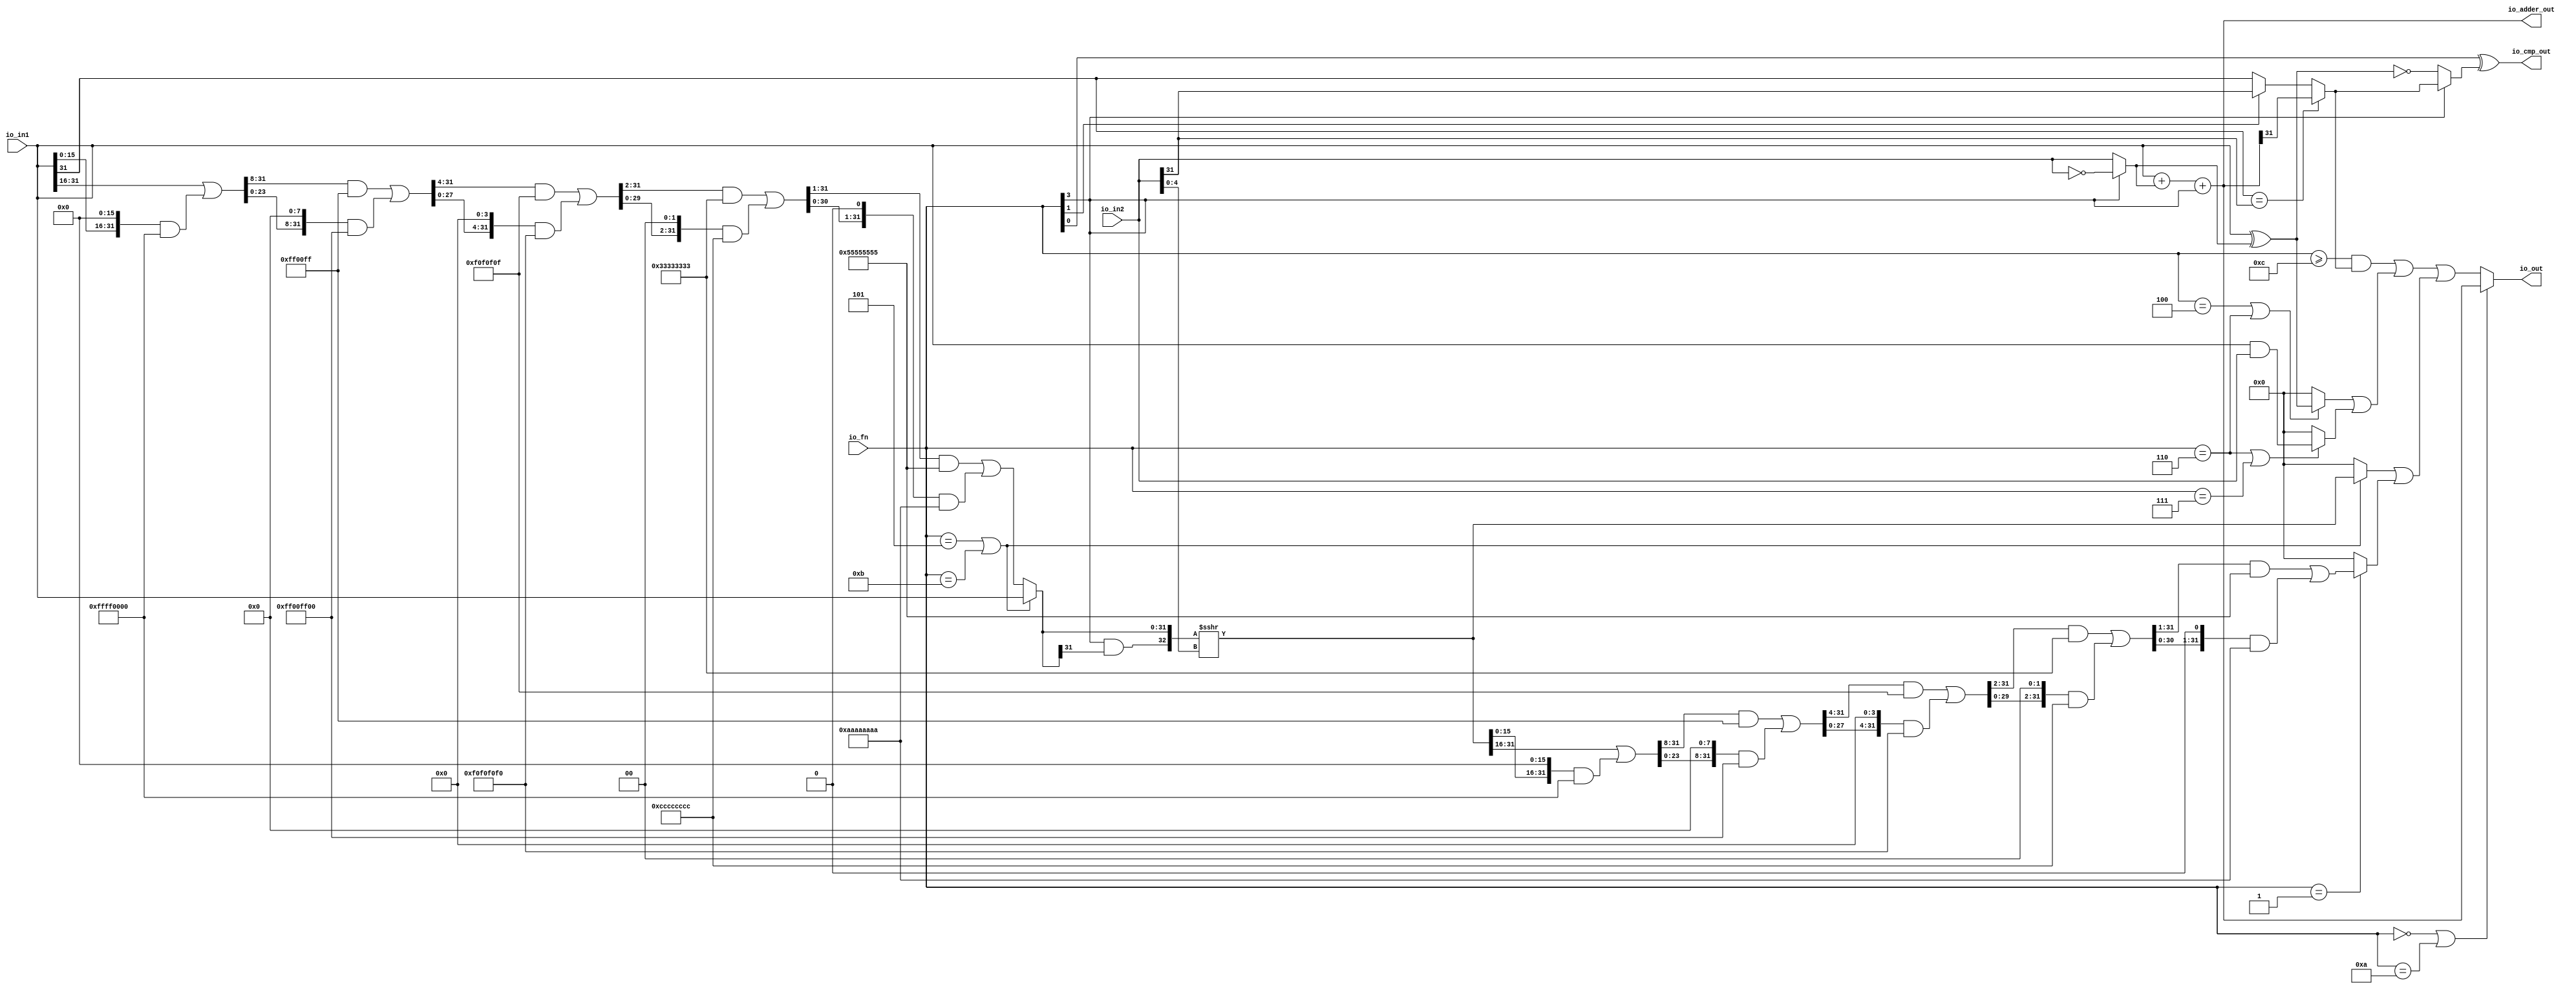
// Copyright (c) 2017, Microsemi Corporation
// All rights reserved.
//
// Redistribution and use in source and binary forms, with or without
// modification, are permitted provided that the following conditions are met:
//     * Redistributions of source code must retain the above copyright
//       notice, this list of conditions and the following disclaimer.
//     * Redistributions in binary form must reproduce the above copyright
//       notice, this list of conditions and the following disclaimer in the
//       documentation and/or other materials provided with the distribution.
//     * Neither the name of the <organization> nor the
//       names of its contributors may be used to endorse or promote products
//       derived from this software without specific prior written permission.
//
// THIS SOFTWARE IS PROVIDED BY THE COPYRIGHT HOLDERS AND CONTRIBUTORS "AS IS" AND
// ANY EXPRESS OR IMPLIED WARRANTIES, INCLUDING, BUT NOT LIMITED TO, THE IMPLIED
// WARRANTIES OF MERCHANTABILITY AND FITNESS FOR A PARTICULAR PURPOSE ARE
// DISCLAIMED. IN NO EVENT SHALL MICROSEMI CORPORATIONM BE LIABLE FOR ANY
// DIRECT, INDIRECT, INCIDENTAL, SPECIAL, EXEMPLARY, OR CONSEQUENTIAL DAMAGES
// (INCLUDING, BUT NOT LIMITED TO, PROCUREMENT OF SUBSTITUTE GOODS OR SERVICES;
// LOSS OF USE, DATA, OR PROFITS; OR BUSINESS INTERRUPTION) HOWEVER CAUSED AND
// ON ANY THEORY OF LIABILITY, WHETHER IN CONTRACT, STRICT LIABILITY, OR TORT
// (INCLUDING NEGLIGENCE OR OTHERWISE) ARISING IN ANY WAY OUT OF THE USE OF THIS
// SOFTWARE, EVEN IF ADVISED OF THE POSSIBILITY OF SUCH DAMAGE.
//
// APACHE LICENSE
// Copyright (c) 2017, Microsemi Corporation 
//
// Licensed under the Apache License, Version 2.0 (the "License");
// you may not use this file except in compliance with the License.
// You may obtain a copy of the License at
//
//    http://www.apache.org/licenses/LICENSE-2.0
//
// Unless required by applicable law or agreed to in writing, software
// distributed under the License is distributed on an "AS IS" BASIS,
// WITHOUT WARRANTIES OR CONDITIONS OF ANY KIND, either express or implied.
// See the License for the specific language governing permissions and
// limitations under the License.
//
// Description:
//
// SVN Revision Information:
// SVN $Revision: $
// SVN $Date: $
//
// Resolved SARs
// SAR      Date     Who   Description
//
// Notes:
//
// ****************************************************************************/
`ifndef RANDOMIZE_REG_INIT 
	 `define RANDOMIZE_REG_INIT 
 `endif
`ifndef RANDOMIZE_MEM_INIT 
	 `define RANDOMIZE_MEM_INIT 
 `endif
`ifndef RANDOMIZE 
	 `define RANDOMIZE 
`endif

`timescale 1ns/10ps
module MIV_RV32IMA_L1_AHB_C0_MIV_RV32IMA_L1_AHB_C0_0_MIV_RV32IMA_L1_AHB_ALU( // @[:freechips.rocketchip.system.MivRV32ImaL1AhbConfig.fir@108926.2]
  input  [3:0]  io_fn, // @[:freechips.rocketchip.system.MivRV32ImaL1AhbConfig.fir@108929.4]
  input  [31:0] io_in2, // @[:freechips.rocketchip.system.MivRV32ImaL1AhbConfig.fir@108929.4]
  input  [31:0] io_in1, // @[:freechips.rocketchip.system.MivRV32ImaL1AhbConfig.fir@108929.4]
  output [31:0] io_out, // @[:freechips.rocketchip.system.MivRV32ImaL1AhbConfig.fir@108929.4]
  output [31:0] io_adder_out, // @[:freechips.rocketchip.system.MivRV32ImaL1AhbConfig.fir@108929.4]
  output        io_cmp_out // @[:freechips.rocketchip.system.MivRV32ImaL1AhbConfig.fir@108929.4]
);
  wire  _T_9; // @[ALU.scala 40:29:freechips.rocketchip.system.MivRV32ImaL1AhbConfig.fir@108934.4]
  wire [31:0] _T_10; // @[ALU.scala 62:35:freechips.rocketchip.system.MivRV32ImaL1AhbConfig.fir@108935.4]
  wire [31:0] in2_inv; // @[ALU.scala 62:20:freechips.rocketchip.system.MivRV32ImaL1AhbConfig.fir@108936.4]
  wire [31:0] in1_xor_in2; // @[ALU.scala 63:28:freechips.rocketchip.system.MivRV32ImaL1AhbConfig.fir@108937.4]
  wire [32:0] _T_11; // @[ALU.scala 64:26:freechips.rocketchip.system.MivRV32ImaL1AhbConfig.fir@108938.4]
  wire [31:0] _T_12; // @[ALU.scala 64:26:freechips.rocketchip.system.MivRV32ImaL1AhbConfig.fir@108939.4]
  wire [31:0] _GEN_0; // @[ALU.scala 64:36:freechips.rocketchip.system.MivRV32ImaL1AhbConfig.fir@108941.4]
  wire [32:0] _T_14; // @[ALU.scala 64:36:freechips.rocketchip.system.MivRV32ImaL1AhbConfig.fir@108941.4]
  wire [31:0] _T_15; // @[ALU.scala 64:36:freechips.rocketchip.system.MivRV32ImaL1AhbConfig.fir@108942.4]
  wire  _T_16; // @[ALU.scala 68:15:freechips.rocketchip.system.MivRV32ImaL1AhbConfig.fir@108944.4]
  wire  _T_17; // @[ALU.scala 68:34:freechips.rocketchip.system.MivRV32ImaL1AhbConfig.fir@108945.4]
  wire  _T_18; // @[ALU.scala 68:24:freechips.rocketchip.system.MivRV32ImaL1AhbConfig.fir@108946.4]
  wire  _T_19; // @[ALU.scala 68:56:freechips.rocketchip.system.MivRV32ImaL1AhbConfig.fir@108947.4]
  wire  _T_20; // @[ALU.scala 42:35:freechips.rocketchip.system.MivRV32ImaL1AhbConfig.fir@108948.4]
  wire  _T_23; // @[ALU.scala 69:8:freechips.rocketchip.system.MivRV32ImaL1AhbConfig.fir@108951.4]
  wire  slt; // @[ALU.scala 68:8:freechips.rocketchip.system.MivRV32ImaL1AhbConfig.fir@108952.4]
  wire  _T_24; // @[ALU.scala 43:35:freechips.rocketchip.system.MivRV32ImaL1AhbConfig.fir@108953.4]
  wire  _T_27; // @[ALU.scala 44:26:freechips.rocketchip.system.MivRV32ImaL1AhbConfig.fir@108955.4]
  wire  _T_29; // @[ALU.scala 70:68:freechips.rocketchip.system.MivRV32ImaL1AhbConfig.fir@108956.4]
  wire  _T_30; // @[ALU.scala 70:41:freechips.rocketchip.system.MivRV32ImaL1AhbConfig.fir@108957.4]
  wire  _T_31; // @[ALU.scala 70:36:freechips.rocketchip.system.MivRV32ImaL1AhbConfig.fir@108958.4]
  wire [4:0] shamt; // @[ALU.scala 74:28:freechips.rocketchip.system.MivRV32ImaL1AhbConfig.fir@108960.4]
  wire  _T_33; // @[ALU.scala 82:24:freechips.rocketchip.system.MivRV32ImaL1AhbConfig.fir@108961.4]
  wire  _T_35; // @[ALU.scala 82:44:freechips.rocketchip.system.MivRV32ImaL1AhbConfig.fir@108962.4]
  wire  _T_36; // @[ALU.scala 82:35:freechips.rocketchip.system.MivRV32ImaL1AhbConfig.fir@108963.4]
  wire [15:0] _T_41; // @[Bitwise.scala 103:21:freechips.rocketchip.system.MivRV32ImaL1AhbConfig.fir@108966.4]
  wire [31:0] _T_42; // @[Bitwise.scala 103:31:freechips.rocketchip.system.MivRV32ImaL1AhbConfig.fir@108967.4]
  wire [15:0] _T_43; // @[Bitwise.scala 103:46:freechips.rocketchip.system.MivRV32ImaL1AhbConfig.fir@108968.4]
  wire [31:0] _GEN_1; // @[Bitwise.scala 103:65:freechips.rocketchip.system.MivRV32ImaL1AhbConfig.fir@108969.4]
  wire [31:0] _T_44; // @[Bitwise.scala 103:65:freechips.rocketchip.system.MivRV32ImaL1AhbConfig.fir@108969.4]
  wire [31:0] _T_46; // @[Bitwise.scala 103:75:freechips.rocketchip.system.MivRV32ImaL1AhbConfig.fir@108971.4]
  wire [31:0] _T_47; // @[Bitwise.scala 103:39:freechips.rocketchip.system.MivRV32ImaL1AhbConfig.fir@108972.4]
  wire [23:0] _T_51; // @[Bitwise.scala 103:21:freechips.rocketchip.system.MivRV32ImaL1AhbConfig.fir@108976.4]
  wire [31:0] _GEN_2; // @[Bitwise.scala 103:31:freechips.rocketchip.system.MivRV32ImaL1AhbConfig.fir@108977.4]
  wire [31:0] _T_52; // @[Bitwise.scala 103:31:freechips.rocketchip.system.MivRV32ImaL1AhbConfig.fir@108977.4]
  wire [23:0] _T_53; // @[Bitwise.scala 103:46:freechips.rocketchip.system.MivRV32ImaL1AhbConfig.fir@108978.4]
  wire [31:0] _GEN_3; // @[Bitwise.scala 103:65:freechips.rocketchip.system.MivRV32ImaL1AhbConfig.fir@108979.4]
  wire [31:0] _T_54; // @[Bitwise.scala 103:65:freechips.rocketchip.system.MivRV32ImaL1AhbConfig.fir@108979.4]
  wire [31:0] _T_56; // @[Bitwise.scala 103:75:freechips.rocketchip.system.MivRV32ImaL1AhbConfig.fir@108981.4]
  wire [31:0] _T_57; // @[Bitwise.scala 103:39:freechips.rocketchip.system.MivRV32ImaL1AhbConfig.fir@108982.4]
  wire [27:0] _T_61; // @[Bitwise.scala 103:21:freechips.rocketchip.system.MivRV32ImaL1AhbConfig.fir@108986.4]
  wire [31:0] _GEN_4; // @[Bitwise.scala 103:31:freechips.rocketchip.system.MivRV32ImaL1AhbConfig.fir@108987.4]
  wire [31:0] _T_62; // @[Bitwise.scala 103:31:freechips.rocketchip.system.MivRV32ImaL1AhbConfig.fir@108987.4]
  wire [27:0] _T_63; // @[Bitwise.scala 103:46:freechips.rocketchip.system.MivRV32ImaL1AhbConfig.fir@108988.4]
  wire [31:0] _GEN_5; // @[Bitwise.scala 103:65:freechips.rocketchip.system.MivRV32ImaL1AhbConfig.fir@108989.4]
  wire [31:0] _T_64; // @[Bitwise.scala 103:65:freechips.rocketchip.system.MivRV32ImaL1AhbConfig.fir@108989.4]
  wire [31:0] _T_66; // @[Bitwise.scala 103:75:freechips.rocketchip.system.MivRV32ImaL1AhbConfig.fir@108991.4]
  wire [31:0] _T_67; // @[Bitwise.scala 103:39:freechips.rocketchip.system.MivRV32ImaL1AhbConfig.fir@108992.4]
  wire [29:0] _T_71; // @[Bitwise.scala 103:21:freechips.rocketchip.system.MivRV32ImaL1AhbConfig.fir@108996.4]
  wire [31:0] _GEN_6; // @[Bitwise.scala 103:31:freechips.rocketchip.system.MivRV32ImaL1AhbConfig.fir@108997.4]
  wire [31:0] _T_72; // @[Bitwise.scala 103:31:freechips.rocketchip.system.MivRV32ImaL1AhbConfig.fir@108997.4]
  wire [29:0] _T_73; // @[Bitwise.scala 103:46:freechips.rocketchip.system.MivRV32ImaL1AhbConfig.fir@108998.4]
  wire [31:0] _GEN_7; // @[Bitwise.scala 103:65:freechips.rocketchip.system.MivRV32ImaL1AhbConfig.fir@108999.4]
  wire [31:0] _T_74; // @[Bitwise.scala 103:65:freechips.rocketchip.system.MivRV32ImaL1AhbConfig.fir@108999.4]
  wire [31:0] _T_76; // @[Bitwise.scala 103:75:freechips.rocketchip.system.MivRV32ImaL1AhbConfig.fir@109001.4]
  wire [31:0] _T_77; // @[Bitwise.scala 103:39:freechips.rocketchip.system.MivRV32ImaL1AhbConfig.fir@109002.4]
  wire [30:0] _T_81; // @[Bitwise.scala 103:21:freechips.rocketchip.system.MivRV32ImaL1AhbConfig.fir@109006.4]
  wire [31:0] _GEN_8; // @[Bitwise.scala 103:31:freechips.rocketchip.system.MivRV32ImaL1AhbConfig.fir@109007.4]
  wire [31:0] _T_82; // @[Bitwise.scala 103:31:freechips.rocketchip.system.MivRV32ImaL1AhbConfig.fir@109007.4]
  wire [30:0] _T_83; // @[Bitwise.scala 103:46:freechips.rocketchip.system.MivRV32ImaL1AhbConfig.fir@109008.4]
  wire [31:0] _GEN_9; // @[Bitwise.scala 103:65:freechips.rocketchip.system.MivRV32ImaL1AhbConfig.fir@109009.4]
  wire [31:0] _T_84; // @[Bitwise.scala 103:65:freechips.rocketchip.system.MivRV32ImaL1AhbConfig.fir@109009.4]
  wire [31:0] _T_86; // @[Bitwise.scala 103:75:freechips.rocketchip.system.MivRV32ImaL1AhbConfig.fir@109011.4]
  wire [31:0] _T_87; // @[Bitwise.scala 103:39:freechips.rocketchip.system.MivRV32ImaL1AhbConfig.fir@109012.4]
  wire [31:0] shin; // @[ALU.scala 82:17:freechips.rocketchip.system.MivRV32ImaL1AhbConfig.fir@109013.4]
  wire  _T_89; // @[ALU.scala 83:41:freechips.rocketchip.system.MivRV32ImaL1AhbConfig.fir@109015.4]
  wire  _T_90; // @[ALU.scala 83:35:freechips.rocketchip.system.MivRV32ImaL1AhbConfig.fir@109016.4]
  wire [32:0] _T_91; // @[Cat.scala 30:58:freechips.rocketchip.system.MivRV32ImaL1AhbConfig.fir@109017.4]
  wire [32:0] _T_92; // @[ALU.scala 83:57:freechips.rocketchip.system.MivRV32ImaL1AhbConfig.fir@109018.4]
  wire [32:0] _T_93; // @[ALU.scala 83:64:freechips.rocketchip.system.MivRV32ImaL1AhbConfig.fir@109019.4]
  wire [31:0] shout_r; // @[ALU.scala 83:73:freechips.rocketchip.system.MivRV32ImaL1AhbConfig.fir@109020.4]
  wire [15:0] _T_98; // @[Bitwise.scala 103:21:freechips.rocketchip.system.MivRV32ImaL1AhbConfig.fir@109023.4]
  wire [31:0] _T_99; // @[Bitwise.scala 103:31:freechips.rocketchip.system.MivRV32ImaL1AhbConfig.fir@109024.4]
  wire [15:0] _T_100; // @[Bitwise.scala 103:46:freechips.rocketchip.system.MivRV32ImaL1AhbConfig.fir@109025.4]
  wire [31:0] _GEN_10; // @[Bitwise.scala 103:65:freechips.rocketchip.system.MivRV32ImaL1AhbConfig.fir@109026.4]
  wire [31:0] _T_101; // @[Bitwise.scala 103:65:freechips.rocketchip.system.MivRV32ImaL1AhbConfig.fir@109026.4]
  wire [31:0] _T_103; // @[Bitwise.scala 103:75:freechips.rocketchip.system.MivRV32ImaL1AhbConfig.fir@109028.4]
  wire [31:0] _T_104; // @[Bitwise.scala 103:39:freechips.rocketchip.system.MivRV32ImaL1AhbConfig.fir@109029.4]
  wire [23:0] _T_108; // @[Bitwise.scala 103:21:freechips.rocketchip.system.MivRV32ImaL1AhbConfig.fir@109033.4]
  wire [31:0] _GEN_11; // @[Bitwise.scala 103:31:freechips.rocketchip.system.MivRV32ImaL1AhbConfig.fir@109034.4]
  wire [31:0] _T_109; // @[Bitwise.scala 103:31:freechips.rocketchip.system.MivRV32ImaL1AhbConfig.fir@109034.4]
  wire [23:0] _T_110; // @[Bitwise.scala 103:46:freechips.rocketchip.system.MivRV32ImaL1AhbConfig.fir@109035.4]
  wire [31:0] _GEN_12; // @[Bitwise.scala 103:65:freechips.rocketchip.system.MivRV32ImaL1AhbConfig.fir@109036.4]
  wire [31:0] _T_111; // @[Bitwise.scala 103:65:freechips.rocketchip.system.MivRV32ImaL1AhbConfig.fir@109036.4]
  wire [31:0] _T_113; // @[Bitwise.scala 103:75:freechips.rocketchip.system.MivRV32ImaL1AhbConfig.fir@109038.4]
  wire [31:0] _T_114; // @[Bitwise.scala 103:39:freechips.rocketchip.system.MivRV32ImaL1AhbConfig.fir@109039.4]
  wire [27:0] _T_118; // @[Bitwise.scala 103:21:freechips.rocketchip.system.MivRV32ImaL1AhbConfig.fir@109043.4]
  wire [31:0] _GEN_13; // @[Bitwise.scala 103:31:freechips.rocketchip.system.MivRV32ImaL1AhbConfig.fir@109044.4]
  wire [31:0] _T_119; // @[Bitwise.scala 103:31:freechips.rocketchip.system.MivRV32ImaL1AhbConfig.fir@109044.4]
  wire [27:0] _T_120; // @[Bitwise.scala 103:46:freechips.rocketchip.system.MivRV32ImaL1AhbConfig.fir@109045.4]
  wire [31:0] _GEN_14; // @[Bitwise.scala 103:65:freechips.rocketchip.system.MivRV32ImaL1AhbConfig.fir@109046.4]
  wire [31:0] _T_121; // @[Bitwise.scala 103:65:freechips.rocketchip.system.MivRV32ImaL1AhbConfig.fir@109046.4]
  wire [31:0] _T_123; // @[Bitwise.scala 103:75:freechips.rocketchip.system.MivRV32ImaL1AhbConfig.fir@109048.4]
  wire [31:0] _T_124; // @[Bitwise.scala 103:39:freechips.rocketchip.system.MivRV32ImaL1AhbConfig.fir@109049.4]
  wire [29:0] _T_128; // @[Bitwise.scala 103:21:freechips.rocketchip.system.MivRV32ImaL1AhbConfig.fir@109053.4]
  wire [31:0] _GEN_15; // @[Bitwise.scala 103:31:freechips.rocketchip.system.MivRV32ImaL1AhbConfig.fir@109054.4]
  wire [31:0] _T_129; // @[Bitwise.scala 103:31:freechips.rocketchip.system.MivRV32ImaL1AhbConfig.fir@109054.4]
  wire [29:0] _T_130; // @[Bitwise.scala 103:46:freechips.rocketchip.system.MivRV32ImaL1AhbConfig.fir@109055.4]
  wire [31:0] _GEN_16; // @[Bitwise.scala 103:65:freechips.rocketchip.system.MivRV32ImaL1AhbConfig.fir@109056.4]
  wire [31:0] _T_131; // @[Bitwise.scala 103:65:freechips.rocketchip.system.MivRV32ImaL1AhbConfig.fir@109056.4]
  wire [31:0] _T_133; // @[Bitwise.scala 103:75:freechips.rocketchip.system.MivRV32ImaL1AhbConfig.fir@109058.4]
  wire [31:0] _T_134; // @[Bitwise.scala 103:39:freechips.rocketchip.system.MivRV32ImaL1AhbConfig.fir@109059.4]
  wire [30:0] _T_138; // @[Bitwise.scala 103:21:freechips.rocketchip.system.MivRV32ImaL1AhbConfig.fir@109063.4]
  wire [31:0] _GEN_17; // @[Bitwise.scala 103:31:freechips.rocketchip.system.MivRV32ImaL1AhbConfig.fir@109064.4]
  wire [31:0] _T_139; // @[Bitwise.scala 103:31:freechips.rocketchip.system.MivRV32ImaL1AhbConfig.fir@109064.4]
  wire [30:0] _T_140; // @[Bitwise.scala 103:46:freechips.rocketchip.system.MivRV32ImaL1AhbConfig.fir@109065.4]
  wire [31:0] _GEN_18; // @[Bitwise.scala 103:65:freechips.rocketchip.system.MivRV32ImaL1AhbConfig.fir@109066.4]
  wire [31:0] _T_141; // @[Bitwise.scala 103:65:freechips.rocketchip.system.MivRV32ImaL1AhbConfig.fir@109066.4]
  wire [31:0] _T_143; // @[Bitwise.scala 103:75:freechips.rocketchip.system.MivRV32ImaL1AhbConfig.fir@109068.4]
  wire [31:0] shout_l; // @[Bitwise.scala 103:39:freechips.rocketchip.system.MivRV32ImaL1AhbConfig.fir@109069.4]
  wire [31:0] _T_150; // @[ALU.scala 85:18:freechips.rocketchip.system.MivRV32ImaL1AhbConfig.fir@109073.4]
  wire  _T_152; // @[ALU.scala 86:25:freechips.rocketchip.system.MivRV32ImaL1AhbConfig.fir@109074.4]
  wire [31:0] _T_154; // @[ALU.scala 86:18:freechips.rocketchip.system.MivRV32ImaL1AhbConfig.fir@109075.4]
  wire [31:0] shout; // @[ALU.scala 85:74:freechips.rocketchip.system.MivRV32ImaL1AhbConfig.fir@109076.4]
  wire  _T_156; // @[ALU.scala 89:25:freechips.rocketchip.system.MivRV32ImaL1AhbConfig.fir@109077.4]
  wire  _T_158; // @[ALU.scala 89:45:freechips.rocketchip.system.MivRV32ImaL1AhbConfig.fir@109078.4]
  wire  _T_159; // @[ALU.scala 89:36:freechips.rocketchip.system.MivRV32ImaL1AhbConfig.fir@109079.4]
  wire [31:0] _T_161; // @[ALU.scala 89:18:freechips.rocketchip.system.MivRV32ImaL1AhbConfig.fir@109080.4]
  wire  _T_165; // @[ALU.scala 90:44:freechips.rocketchip.system.MivRV32ImaL1AhbConfig.fir@109082.4]
  wire  _T_166; // @[ALU.scala 90:35:freechips.rocketchip.system.MivRV32ImaL1AhbConfig.fir@109083.4]
  wire [31:0] _T_167; // @[ALU.scala 90:63:freechips.rocketchip.system.MivRV32ImaL1AhbConfig.fir@109084.4]
  wire [31:0] _T_169; // @[ALU.scala 90:18:freechips.rocketchip.system.MivRV32ImaL1AhbConfig.fir@109085.4]
  wire [31:0] logic$; // @[ALU.scala 89:78:freechips.rocketchip.system.MivRV32ImaL1AhbConfig.fir@109086.4]
  wire  _T_171; // @[ALU.scala 41:30:freechips.rocketchip.system.MivRV32ImaL1AhbConfig.fir@109087.4]
  wire  _T_172; // @[ALU.scala 91:35:freechips.rocketchip.system.MivRV32ImaL1AhbConfig.fir@109088.4]
  wire [31:0] _GEN_19; // @[ALU.scala 91:43:freechips.rocketchip.system.MivRV32ImaL1AhbConfig.fir@109089.4]
  wire [31:0] _T_173; // @[ALU.scala 91:43:freechips.rocketchip.system.MivRV32ImaL1AhbConfig.fir@109089.4]
  wire [31:0] shift_logic; // @[ALU.scala 91:51:freechips.rocketchip.system.MivRV32ImaL1AhbConfig.fir@109090.4]
  wire  _T_175; // @[ALU.scala 92:23:freechips.rocketchip.system.MivRV32ImaL1AhbConfig.fir@109091.4]
  wire  _T_177; // @[ALU.scala 92:43:freechips.rocketchip.system.MivRV32ImaL1AhbConfig.fir@109092.4]
  wire  _T_178; // @[ALU.scala 92:34:freechips.rocketchip.system.MivRV32ImaL1AhbConfig.fir@109093.4]
  wire [31:0] out; // @[ALU.scala 92:16:freechips.rocketchip.system.MivRV32ImaL1AhbConfig.fir@109094.4]
  assign _T_9 = io_fn[3]; // @[ALU.scala 40:29:freechips.rocketchip.system.MivRV32ImaL1AhbConfig.fir@108934.4]
  assign _T_10 = ~ io_in2; // @[ALU.scala 62:35:freechips.rocketchip.system.MivRV32ImaL1AhbConfig.fir@108935.4]
  assign in2_inv = _T_9 ? _T_10 : io_in2; // @[ALU.scala 62:20:freechips.rocketchip.system.MivRV32ImaL1AhbConfig.fir@108936.4]
  assign in1_xor_in2 = io_in1 ^ in2_inv; // @[ALU.scala 63:28:freechips.rocketchip.system.MivRV32ImaL1AhbConfig.fir@108937.4]
  assign _T_11 = io_in1 + in2_inv; // @[ALU.scala 64:26:freechips.rocketchip.system.MivRV32ImaL1AhbConfig.fir@108938.4]
  assign _T_12 = _T_11[31:0]; // @[ALU.scala 64:26:freechips.rocketchip.system.MivRV32ImaL1AhbConfig.fir@108939.4]
  assign _GEN_0 = {{31'd0}, _T_9}; // @[ALU.scala 64:36:freechips.rocketchip.system.MivRV32ImaL1AhbConfig.fir@108941.4]
  assign _T_14 = _T_12 + _GEN_0; // @[ALU.scala 64:36:freechips.rocketchip.system.MivRV32ImaL1AhbConfig.fir@108941.4]
  assign _T_15 = _T_14[31:0]; // @[ALU.scala 64:36:freechips.rocketchip.system.MivRV32ImaL1AhbConfig.fir@108942.4]
  assign _T_16 = io_in1[31]; // @[ALU.scala 68:15:freechips.rocketchip.system.MivRV32ImaL1AhbConfig.fir@108944.4]
  assign _T_17 = io_in2[31]; // @[ALU.scala 68:34:freechips.rocketchip.system.MivRV32ImaL1AhbConfig.fir@108945.4]
  assign _T_18 = _T_16 == _T_17; // @[ALU.scala 68:24:freechips.rocketchip.system.MivRV32ImaL1AhbConfig.fir@108946.4]
  assign _T_19 = io_adder_out[31]; // @[ALU.scala 68:56:freechips.rocketchip.system.MivRV32ImaL1AhbConfig.fir@108947.4]
  assign _T_20 = io_fn[1]; // @[ALU.scala 42:35:freechips.rocketchip.system.MivRV32ImaL1AhbConfig.fir@108948.4]
  assign _T_23 = _T_20 ? _T_17 : _T_16; // @[ALU.scala 69:8:freechips.rocketchip.system.MivRV32ImaL1AhbConfig.fir@108951.4]
  assign slt = _T_18 ? _T_19 : _T_23; // @[ALU.scala 68:8:freechips.rocketchip.system.MivRV32ImaL1AhbConfig.fir@108952.4]
  assign _T_24 = io_fn[0]; // @[ALU.scala 43:35:freechips.rocketchip.system.MivRV32ImaL1AhbConfig.fir@108953.4]
  assign _T_27 = _T_9 == 1'h0; // @[ALU.scala 44:26:freechips.rocketchip.system.MivRV32ImaL1AhbConfig.fir@108955.4]
  assign _T_29 = in1_xor_in2 == 32'h0; // @[ALU.scala 70:68:freechips.rocketchip.system.MivRV32ImaL1AhbConfig.fir@108956.4]
  assign _T_30 = _T_27 ? _T_29 : slt; // @[ALU.scala 70:41:freechips.rocketchip.system.MivRV32ImaL1AhbConfig.fir@108957.4]
  assign _T_31 = _T_24 ^ _T_30; // @[ALU.scala 70:36:freechips.rocketchip.system.MivRV32ImaL1AhbConfig.fir@108958.4]
  assign shamt = io_in2[4:0]; // @[ALU.scala 74:28:freechips.rocketchip.system.MivRV32ImaL1AhbConfig.fir@108960.4]
  assign _T_33 = io_fn == 4'h5; // @[ALU.scala 82:24:freechips.rocketchip.system.MivRV32ImaL1AhbConfig.fir@108961.4]
  assign _T_35 = io_fn == 4'hb; // @[ALU.scala 82:44:freechips.rocketchip.system.MivRV32ImaL1AhbConfig.fir@108962.4]
  assign _T_36 = _T_33 | _T_35; // @[ALU.scala 82:35:freechips.rocketchip.system.MivRV32ImaL1AhbConfig.fir@108963.4]
  assign _T_41 = io_in1[31:16]; // @[Bitwise.scala 103:21:freechips.rocketchip.system.MivRV32ImaL1AhbConfig.fir@108966.4]
  assign _T_42 = {{16'd0}, _T_41}; // @[Bitwise.scala 103:31:freechips.rocketchip.system.MivRV32ImaL1AhbConfig.fir@108967.4]
  assign _T_43 = io_in1[15:0]; // @[Bitwise.scala 103:46:freechips.rocketchip.system.MivRV32ImaL1AhbConfig.fir@108968.4]
  assign _GEN_1 = {{16'd0}, _T_43}; // @[Bitwise.scala 103:65:freechips.rocketchip.system.MivRV32ImaL1AhbConfig.fir@108969.4]
  assign _T_44 = _GEN_1 << 16; // @[Bitwise.scala 103:65:freechips.rocketchip.system.MivRV32ImaL1AhbConfig.fir@108969.4]
  assign _T_46 = _T_44 & 32'hffff0000; // @[Bitwise.scala 103:75:freechips.rocketchip.system.MivRV32ImaL1AhbConfig.fir@108971.4]
  assign _T_47 = _T_42 | _T_46; // @[Bitwise.scala 103:39:freechips.rocketchip.system.MivRV32ImaL1AhbConfig.fir@108972.4]
  assign _T_51 = _T_47[31:8]; // @[Bitwise.scala 103:21:freechips.rocketchip.system.MivRV32ImaL1AhbConfig.fir@108976.4]
  assign _GEN_2 = {{8'd0}, _T_51}; // @[Bitwise.scala 103:31:freechips.rocketchip.system.MivRV32ImaL1AhbConfig.fir@108977.4]
  assign _T_52 = _GEN_2 & 32'hff00ff; // @[Bitwise.scala 103:31:freechips.rocketchip.system.MivRV32ImaL1AhbConfig.fir@108977.4]
  assign _T_53 = _T_47[23:0]; // @[Bitwise.scala 103:46:freechips.rocketchip.system.MivRV32ImaL1AhbConfig.fir@108978.4]
  assign _GEN_3 = {{8'd0}, _T_53}; // @[Bitwise.scala 103:65:freechips.rocketchip.system.MivRV32ImaL1AhbConfig.fir@108979.4]
  assign _T_54 = _GEN_3 << 8; // @[Bitwise.scala 103:65:freechips.rocketchip.system.MivRV32ImaL1AhbConfig.fir@108979.4]
  assign _T_56 = _T_54 & 32'hff00ff00; // @[Bitwise.scala 103:75:freechips.rocketchip.system.MivRV32ImaL1AhbConfig.fir@108981.4]
  assign _T_57 = _T_52 | _T_56; // @[Bitwise.scala 103:39:freechips.rocketchip.system.MivRV32ImaL1AhbConfig.fir@108982.4]
  assign _T_61 = _T_57[31:4]; // @[Bitwise.scala 103:21:freechips.rocketchip.system.MivRV32ImaL1AhbConfig.fir@108986.4]
  assign _GEN_4 = {{4'd0}, _T_61}; // @[Bitwise.scala 103:31:freechips.rocketchip.system.MivRV32ImaL1AhbConfig.fir@108987.4]
  assign _T_62 = _GEN_4 & 32'hf0f0f0f; // @[Bitwise.scala 103:31:freechips.rocketchip.system.MivRV32ImaL1AhbConfig.fir@108987.4]
  assign _T_63 = _T_57[27:0]; // @[Bitwise.scala 103:46:freechips.rocketchip.system.MivRV32ImaL1AhbConfig.fir@108988.4]
  assign _GEN_5 = {{4'd0}, _T_63}; // @[Bitwise.scala 103:65:freechips.rocketchip.system.MivRV32ImaL1AhbConfig.fir@108989.4]
  assign _T_64 = _GEN_5 << 4; // @[Bitwise.scala 103:65:freechips.rocketchip.system.MivRV32ImaL1AhbConfig.fir@108989.4]
  assign _T_66 = _T_64 & 32'hf0f0f0f0; // @[Bitwise.scala 103:75:freechips.rocketchip.system.MivRV32ImaL1AhbConfig.fir@108991.4]
  assign _T_67 = _T_62 | _T_66; // @[Bitwise.scala 103:39:freechips.rocketchip.system.MivRV32ImaL1AhbConfig.fir@108992.4]
  assign _T_71 = _T_67[31:2]; // @[Bitwise.scala 103:21:freechips.rocketchip.system.MivRV32ImaL1AhbConfig.fir@108996.4]
  assign _GEN_6 = {{2'd0}, _T_71}; // @[Bitwise.scala 103:31:freechips.rocketchip.system.MivRV32ImaL1AhbConfig.fir@108997.4]
  assign _T_72 = _GEN_6 & 32'h33333333; // @[Bitwise.scala 103:31:freechips.rocketchip.system.MivRV32ImaL1AhbConfig.fir@108997.4]
  assign _T_73 = _T_67[29:0]; // @[Bitwise.scala 103:46:freechips.rocketchip.system.MivRV32ImaL1AhbConfig.fir@108998.4]
  assign _GEN_7 = {{2'd0}, _T_73}; // @[Bitwise.scala 103:65:freechips.rocketchip.system.MivRV32ImaL1AhbConfig.fir@108999.4]
  assign _T_74 = _GEN_7 << 2; // @[Bitwise.scala 103:65:freechips.rocketchip.system.MivRV32ImaL1AhbConfig.fir@108999.4]
  assign _T_76 = _T_74 & 32'hcccccccc; // @[Bitwise.scala 103:75:freechips.rocketchip.system.MivRV32ImaL1AhbConfig.fir@109001.4]
  assign _T_77 = _T_72 | _T_76; // @[Bitwise.scala 103:39:freechips.rocketchip.system.MivRV32ImaL1AhbConfig.fir@109002.4]
  assign _T_81 = _T_77[31:1]; // @[Bitwise.scala 103:21:freechips.rocketchip.system.MivRV32ImaL1AhbConfig.fir@109006.4]
  assign _GEN_8 = {{1'd0}, _T_81}; // @[Bitwise.scala 103:31:freechips.rocketchip.system.MivRV32ImaL1AhbConfig.fir@109007.4]
  assign _T_82 = _GEN_8 & 32'h55555555; // @[Bitwise.scala 103:31:freechips.rocketchip.system.MivRV32ImaL1AhbConfig.fir@109007.4]
  assign _T_83 = _T_77[30:0]; // @[Bitwise.scala 103:46:freechips.rocketchip.system.MivRV32ImaL1AhbConfig.fir@109008.4]
  assign _GEN_9 = {{1'd0}, _T_83}; // @[Bitwise.scala 103:65:freechips.rocketchip.system.MivRV32ImaL1AhbConfig.fir@109009.4]
  assign _T_84 = _GEN_9 << 1; // @[Bitwise.scala 103:65:freechips.rocketchip.system.MivRV32ImaL1AhbConfig.fir@109009.4]
  assign _T_86 = _T_84 & 32'haaaaaaaa; // @[Bitwise.scala 103:75:freechips.rocketchip.system.MivRV32ImaL1AhbConfig.fir@109011.4]
  assign _T_87 = _T_82 | _T_86; // @[Bitwise.scala 103:39:freechips.rocketchip.system.MivRV32ImaL1AhbConfig.fir@109012.4]
  assign shin = _T_36 ? io_in1 : _T_87; // @[ALU.scala 82:17:freechips.rocketchip.system.MivRV32ImaL1AhbConfig.fir@109013.4]
  assign _T_89 = shin[31]; // @[ALU.scala 83:41:freechips.rocketchip.system.MivRV32ImaL1AhbConfig.fir@109015.4]
  assign _T_90 = _T_9 & _T_89; // @[ALU.scala 83:35:freechips.rocketchip.system.MivRV32ImaL1AhbConfig.fir@109016.4]
  assign _T_91 = {_T_90,shin}; // @[Cat.scala 30:58:freechips.rocketchip.system.MivRV32ImaL1AhbConfig.fir@109017.4]
  assign _T_92 = $signed(_T_91); // @[ALU.scala 83:57:freechips.rocketchip.system.MivRV32ImaL1AhbConfig.fir@109018.4]
  assign _T_93 = $signed(_T_92) >>> shamt; // @[ALU.scala 83:64:freechips.rocketchip.system.MivRV32ImaL1AhbConfig.fir@109019.4]
  assign shout_r = _T_93[31:0]; // @[ALU.scala 83:73:freechips.rocketchip.system.MivRV32ImaL1AhbConfig.fir@109020.4]
  assign _T_98 = shout_r[31:16]; // @[Bitwise.scala 103:21:freechips.rocketchip.system.MivRV32ImaL1AhbConfig.fir@109023.4]
  assign _T_99 = {{16'd0}, _T_98}; // @[Bitwise.scala 103:31:freechips.rocketchip.system.MivRV32ImaL1AhbConfig.fir@109024.4]
  assign _T_100 = shout_r[15:0]; // @[Bitwise.scala 103:46:freechips.rocketchip.system.MivRV32ImaL1AhbConfig.fir@109025.4]
  assign _GEN_10 = {{16'd0}, _T_100}; // @[Bitwise.scala 103:65:freechips.rocketchip.system.MivRV32ImaL1AhbConfig.fir@109026.4]
  assign _T_101 = _GEN_10 << 16; // @[Bitwise.scala 103:65:freechips.rocketchip.system.MivRV32ImaL1AhbConfig.fir@109026.4]
  assign _T_103 = _T_101 & 32'hffff0000; // @[Bitwise.scala 103:75:freechips.rocketchip.system.MivRV32ImaL1AhbConfig.fir@109028.4]
  assign _T_104 = _T_99 | _T_103; // @[Bitwise.scala 103:39:freechips.rocketchip.system.MivRV32ImaL1AhbConfig.fir@109029.4]
  assign _T_108 = _T_104[31:8]; // @[Bitwise.scala 103:21:freechips.rocketchip.system.MivRV32ImaL1AhbConfig.fir@109033.4]
  assign _GEN_11 = {{8'd0}, _T_108}; // @[Bitwise.scala 103:31:freechips.rocketchip.system.MivRV32ImaL1AhbConfig.fir@109034.4]
  assign _T_109 = _GEN_11 & 32'hff00ff; // @[Bitwise.scala 103:31:freechips.rocketchip.system.MivRV32ImaL1AhbConfig.fir@109034.4]
  assign _T_110 = _T_104[23:0]; // @[Bitwise.scala 103:46:freechips.rocketchip.system.MivRV32ImaL1AhbConfig.fir@109035.4]
  assign _GEN_12 = {{8'd0}, _T_110}; // @[Bitwise.scala 103:65:freechips.rocketchip.system.MivRV32ImaL1AhbConfig.fir@109036.4]
  assign _T_111 = _GEN_12 << 8; // @[Bitwise.scala 103:65:freechips.rocketchip.system.MivRV32ImaL1AhbConfig.fir@109036.4]
  assign _T_113 = _T_111 & 32'hff00ff00; // @[Bitwise.scala 103:75:freechips.rocketchip.system.MivRV32ImaL1AhbConfig.fir@109038.4]
  assign _T_114 = _T_109 | _T_113; // @[Bitwise.scala 103:39:freechips.rocketchip.system.MivRV32ImaL1AhbConfig.fir@109039.4]
  assign _T_118 = _T_114[31:4]; // @[Bitwise.scala 103:21:freechips.rocketchip.system.MivRV32ImaL1AhbConfig.fir@109043.4]
  assign _GEN_13 = {{4'd0}, _T_118}; // @[Bitwise.scala 103:31:freechips.rocketchip.system.MivRV32ImaL1AhbConfig.fir@109044.4]
  assign _T_119 = _GEN_13 & 32'hf0f0f0f; // @[Bitwise.scala 103:31:freechips.rocketchip.system.MivRV32ImaL1AhbConfig.fir@109044.4]
  assign _T_120 = _T_114[27:0]; // @[Bitwise.scala 103:46:freechips.rocketchip.system.MivRV32ImaL1AhbConfig.fir@109045.4]
  assign _GEN_14 = {{4'd0}, _T_120}; // @[Bitwise.scala 103:65:freechips.rocketchip.system.MivRV32ImaL1AhbConfig.fir@109046.4]
  assign _T_121 = _GEN_14 << 4; // @[Bitwise.scala 103:65:freechips.rocketchip.system.MivRV32ImaL1AhbConfig.fir@109046.4]
  assign _T_123 = _T_121 & 32'hf0f0f0f0; // @[Bitwise.scala 103:75:freechips.rocketchip.system.MivRV32ImaL1AhbConfig.fir@109048.4]
  assign _T_124 = _T_119 | _T_123; // @[Bitwise.scala 103:39:freechips.rocketchip.system.MivRV32ImaL1AhbConfig.fir@109049.4]
  assign _T_128 = _T_124[31:2]; // @[Bitwise.scala 103:21:freechips.rocketchip.system.MivRV32ImaL1AhbConfig.fir@109053.4]
  assign _GEN_15 = {{2'd0}, _T_128}; // @[Bitwise.scala 103:31:freechips.rocketchip.system.MivRV32ImaL1AhbConfig.fir@109054.4]
  assign _T_129 = _GEN_15 & 32'h33333333; // @[Bitwise.scala 103:31:freechips.rocketchip.system.MivRV32ImaL1AhbConfig.fir@109054.4]
  assign _T_130 = _T_124[29:0]; // @[Bitwise.scala 103:46:freechips.rocketchip.system.MivRV32ImaL1AhbConfig.fir@109055.4]
  assign _GEN_16 = {{2'd0}, _T_130}; // @[Bitwise.scala 103:65:freechips.rocketchip.system.MivRV32ImaL1AhbConfig.fir@109056.4]
  assign _T_131 = _GEN_16 << 2; // @[Bitwise.scala 103:65:freechips.rocketchip.system.MivRV32ImaL1AhbConfig.fir@109056.4]
  assign _T_133 = _T_131 & 32'hcccccccc; // @[Bitwise.scala 103:75:freechips.rocketchip.system.MivRV32ImaL1AhbConfig.fir@109058.4]
  assign _T_134 = _T_129 | _T_133; // @[Bitwise.scala 103:39:freechips.rocketchip.system.MivRV32ImaL1AhbConfig.fir@109059.4]
  assign _T_138 = _T_134[31:1]; // @[Bitwise.scala 103:21:freechips.rocketchip.system.MivRV32ImaL1AhbConfig.fir@109063.4]
  assign _GEN_17 = {{1'd0}, _T_138}; // @[Bitwise.scala 103:31:freechips.rocketchip.system.MivRV32ImaL1AhbConfig.fir@109064.4]
  assign _T_139 = _GEN_17 & 32'h55555555; // @[Bitwise.scala 103:31:freechips.rocketchip.system.MivRV32ImaL1AhbConfig.fir@109064.4]
  assign _T_140 = _T_134[30:0]; // @[Bitwise.scala 103:46:freechips.rocketchip.system.MivRV32ImaL1AhbConfig.fir@109065.4]
  assign _GEN_18 = {{1'd0}, _T_140}; // @[Bitwise.scala 103:65:freechips.rocketchip.system.MivRV32ImaL1AhbConfig.fir@109066.4]
  assign _T_141 = _GEN_18 << 1; // @[Bitwise.scala 103:65:freechips.rocketchip.system.MivRV32ImaL1AhbConfig.fir@109066.4]
  assign _T_143 = _T_141 & 32'haaaaaaaa; // @[Bitwise.scala 103:75:freechips.rocketchip.system.MivRV32ImaL1AhbConfig.fir@109068.4]
  assign shout_l = _T_139 | _T_143; // @[Bitwise.scala 103:39:freechips.rocketchip.system.MivRV32ImaL1AhbConfig.fir@109069.4]
  assign _T_150 = _T_36 ? shout_r : 32'h0; // @[ALU.scala 85:18:freechips.rocketchip.system.MivRV32ImaL1AhbConfig.fir@109073.4]
  assign _T_152 = io_fn == 4'h1; // @[ALU.scala 86:25:freechips.rocketchip.system.MivRV32ImaL1AhbConfig.fir@109074.4]
  assign _T_154 = _T_152 ? shout_l : 32'h0; // @[ALU.scala 86:18:freechips.rocketchip.system.MivRV32ImaL1AhbConfig.fir@109075.4]
  assign shout = _T_150 | _T_154; // @[ALU.scala 85:74:freechips.rocketchip.system.MivRV32ImaL1AhbConfig.fir@109076.4]
  assign _T_156 = io_fn == 4'h4; // @[ALU.scala 89:25:freechips.rocketchip.system.MivRV32ImaL1AhbConfig.fir@109077.4]
  assign _T_158 = io_fn == 4'h6; // @[ALU.scala 89:45:freechips.rocketchip.system.MivRV32ImaL1AhbConfig.fir@109078.4]
  assign _T_159 = _T_156 | _T_158; // @[ALU.scala 89:36:freechips.rocketchip.system.MivRV32ImaL1AhbConfig.fir@109079.4]
  assign _T_161 = _T_159 ? in1_xor_in2 : 32'h0; // @[ALU.scala 89:18:freechips.rocketchip.system.MivRV32ImaL1AhbConfig.fir@109080.4]
  assign _T_165 = io_fn == 4'h7; // @[ALU.scala 90:44:freechips.rocketchip.system.MivRV32ImaL1AhbConfig.fir@109082.4]
  assign _T_166 = _T_158 | _T_165; // @[ALU.scala 90:35:freechips.rocketchip.system.MivRV32ImaL1AhbConfig.fir@109083.4]
  assign _T_167 = io_in1 & io_in2; // @[ALU.scala 90:63:freechips.rocketchip.system.MivRV32ImaL1AhbConfig.fir@109084.4]
  assign _T_169 = _T_166 ? _T_167 : 32'h0; // @[ALU.scala 90:18:freechips.rocketchip.system.MivRV32ImaL1AhbConfig.fir@109085.4]
  assign logic$ = _T_161 | _T_169; // @[ALU.scala 89:78:freechips.rocketchip.system.MivRV32ImaL1AhbConfig.fir@109086.4]
  assign _T_171 = io_fn >= 4'hc; // @[ALU.scala 41:30:freechips.rocketchip.system.MivRV32ImaL1AhbConfig.fir@109087.4]
  assign _T_172 = _T_171 & slt; // @[ALU.scala 91:35:freechips.rocketchip.system.MivRV32ImaL1AhbConfig.fir@109088.4]
  assign _GEN_19 = {{31'd0}, _T_172}; // @[ALU.scala 91:43:freechips.rocketchip.system.MivRV32ImaL1AhbConfig.fir@109089.4]
  assign _T_173 = _GEN_19 | logic$; // @[ALU.scala 91:43:freechips.rocketchip.system.MivRV32ImaL1AhbConfig.fir@109089.4]
  assign shift_logic = _T_173 | shout; // @[ALU.scala 91:51:freechips.rocketchip.system.MivRV32ImaL1AhbConfig.fir@109090.4]
  assign _T_175 = io_fn == 4'h0; // @[ALU.scala 92:23:freechips.rocketchip.system.MivRV32ImaL1AhbConfig.fir@109091.4]
  assign _T_177 = io_fn == 4'ha; // @[ALU.scala 92:43:freechips.rocketchip.system.MivRV32ImaL1AhbConfig.fir@109092.4]
  assign _T_178 = _T_175 | _T_177; // @[ALU.scala 92:34:freechips.rocketchip.system.MivRV32ImaL1AhbConfig.fir@109093.4]
  assign out = _T_178 ? io_adder_out : shift_logic; // @[ALU.scala 92:16:freechips.rocketchip.system.MivRV32ImaL1AhbConfig.fir@109094.4]
  assign io_out = out;
  assign io_adder_out = _T_15;
  assign io_cmp_out = _T_31;
endmodule